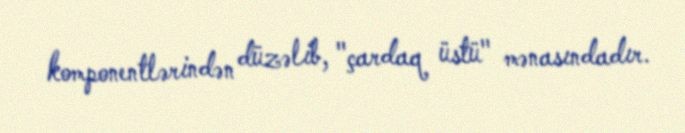
komponentlərindən düzəlib, "çardaq üstü" mənasındadır.